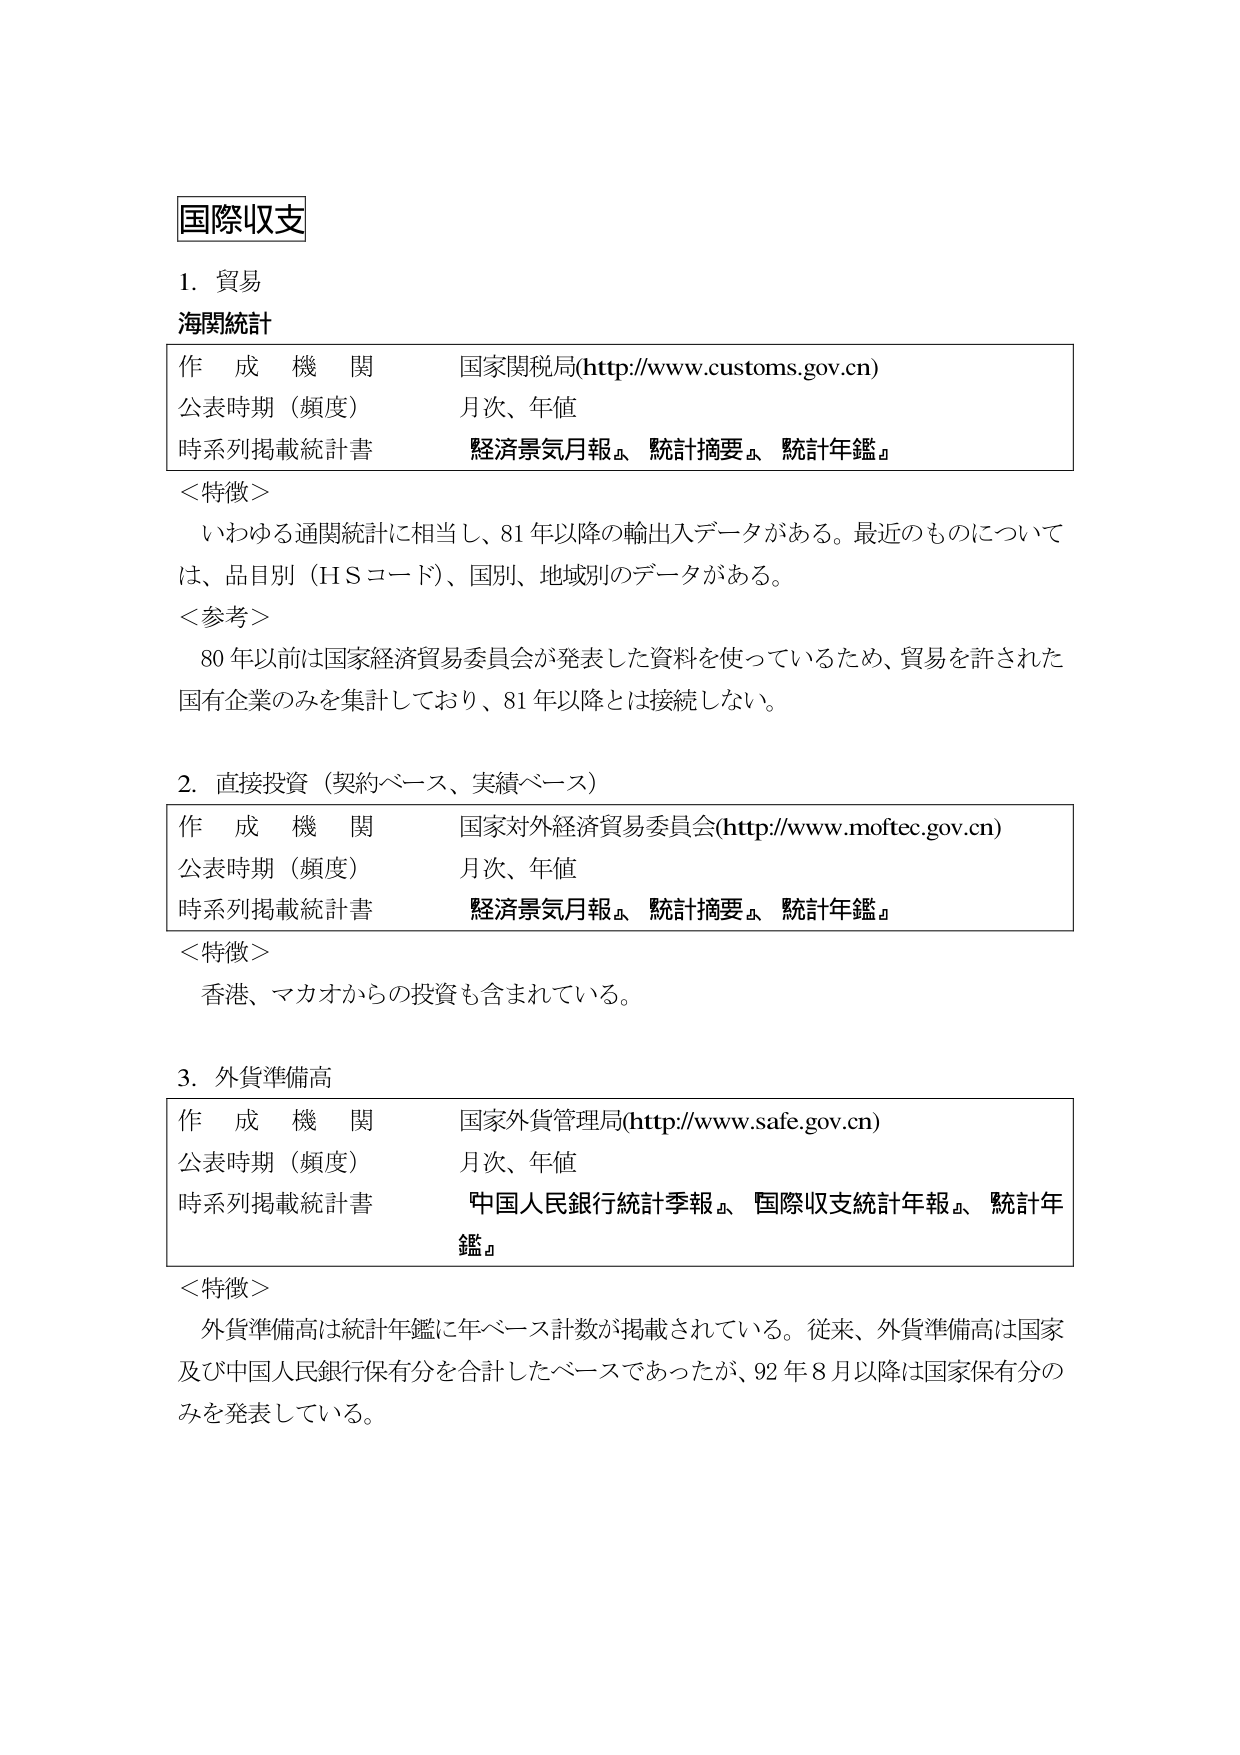
国際収支

1. 貿易
海関統計

作成機関 国家関税局(http://www.customs.gov.cn)
公表時期（頻度） 月次、年値
時系列掲載統計書 経済景気月報』、統計摘要』、統計年鑑』

＜特徴＞
いわゆる通関統計に相当し、81年以降の輸出入データがある。最近のものについては、品目別（HSコード）、国別、地域別のデータがある。

＜参考＞
80年以前は国家経済貿易委員会が発表した資料を使っているため、貿易を許された国有企業のみを集計しており、81年以降とは接続しない。

2. 直接投資（契約ベース、実績ベース）

作成機関 国家対外経済貿易委員会(http://www.moftec.gov.cn)
公表時期（頻度） 月次、年値
時系列掲載統計書 経済景気月報』、統計摘要』、統計年鑑』

＜特徴＞
香港、マカオからの投資も含まれている。

3. 外貨準備高

作成機関 国家外貨管理局(http://www.safe.gov.cn)
公表時期（頻度） 月次、年値
時系列掲載統計書 中国人民銀行統計季報』、国際収支統計年報』、統計年鑑』

＜特徴＞
外貨準備高は統計年鑑に年ベース計数が掲載されている。従来、外貨準備高は国家及び中国人民銀行保有分を合計したベースであったが、92年8月以降は国家保有分のみを発表している。